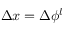
\Delta x = \Delta { \phi } ^ { l }